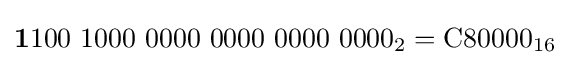
\mathbf {1} 100\ 1000\ 0000\ 0000\ 0000\ 0000_{2}={\text{C80000}}_{16}